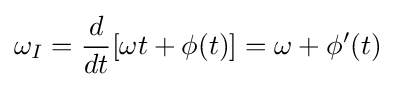
\omega _{I}={\frac {d}{dt}}[\omega t+\phi (t)]=\omega +\phi '(t)